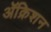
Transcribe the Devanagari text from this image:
ॲक्रिशन